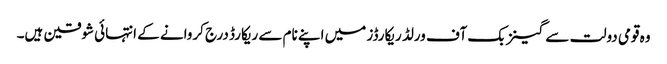
وہ قومی دولت سے گینز بک آف ورلڈ ریکارڈز میں اپنے نام سے ریکارڈ درج کروانے کے انتہائی شوقین ہیں۔